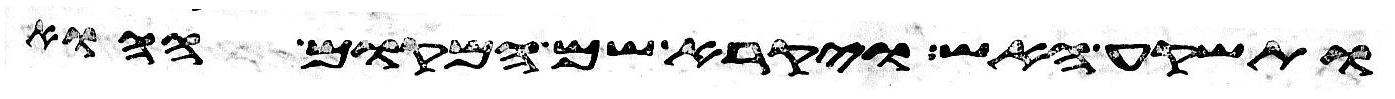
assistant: ותשקע האש ויקרא שם המקום ההוא